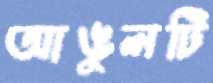
আঙুলটি